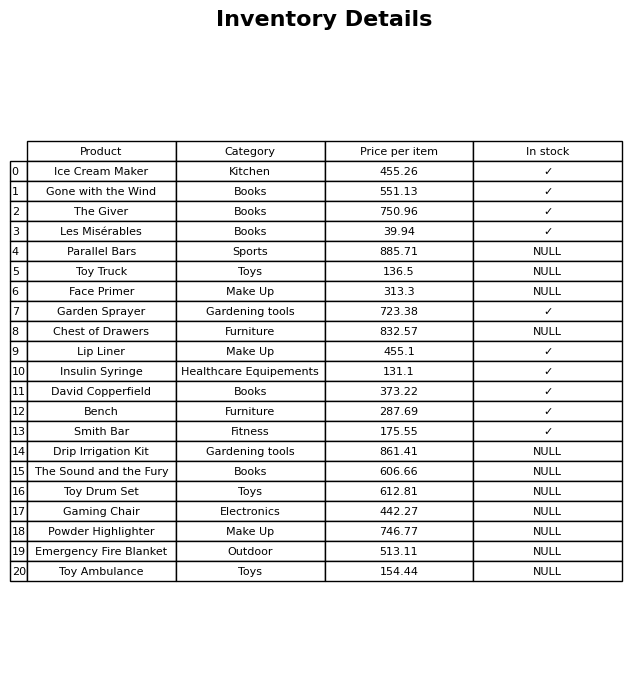
question: What is the price for Chest of Drawers?
answer: The price of Chest of Drawers is 832.57.